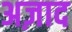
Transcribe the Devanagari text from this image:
अज़ाद